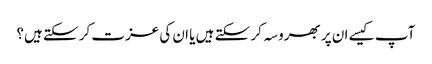
آپ کیسے ان پر بھروسہ کر سکتے ہیں یا ان کی عزت کر سکتے ہیں؟